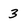
Character: 3